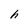
Character: h